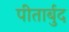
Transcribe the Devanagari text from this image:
पीतार्बुद